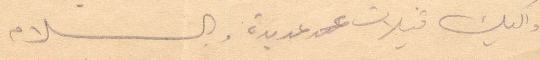
واليك قبلات عديدة والسلام